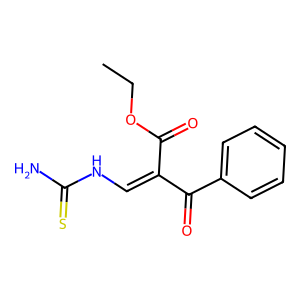
SMILES: CCOC(=O)C(=CNC(N)=S)C(=O)c1ccccc1
Inhibits HIV replication: No